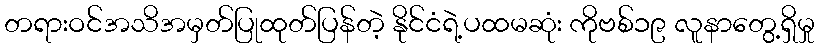
တရားဝင်အသိအမှတ်ပြုထုတ်ပြန်တဲ့ နိုင်ငံရဲ့ပထမဆုံး ကိုဗစ်၁၉ လူနာတွေ့ရှိမှု